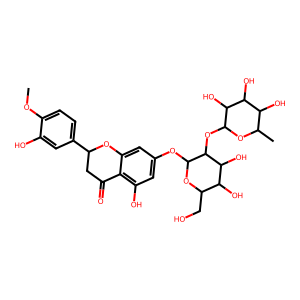
SMILES: COc1ccc(C2CC(=O)c3c(O)cc(OC4OC(CO)C(O)C(O)C4OC4OC(C)C(O)C(O)C4O)cc3O2)cc1O
Inhibits HIV replication: No